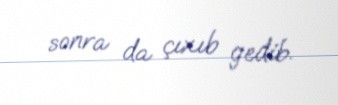
sonra da çıxıb gedib.